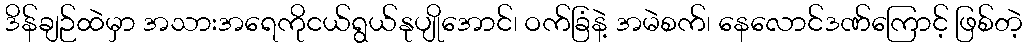
ဒိန်ချဉ်ထဲမှာ အသားအရေကိုငယ်ရွယ်နုပျိုအောင်၊ ဝက်ခြံနဲ့ အမဲစက်၊ နေလောင်ဒဏ်ကြောင့် ဖြစ်တဲ့